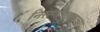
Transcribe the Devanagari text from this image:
निसर्गोपचाराच्या